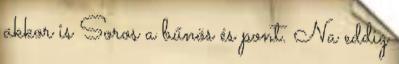
akkor is Soros a bűnös és pont. Na eddig